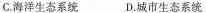
C.海洋生态系统 D.城市生态系统